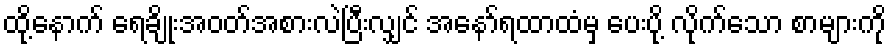
ထို့နောက် ရေချိုးအဝတ်အစားလဲပြီးလျှင် အနော်ရထာထံမှ ပေးပို့ လိုက်သော စာများကို